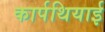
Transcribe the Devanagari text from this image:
कार्पथियाई